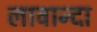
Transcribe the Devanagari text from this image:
लावान्दा